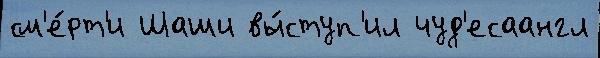
см'е́рт'и Шаши вы́ступ'ил чуд'есаангл